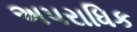
અપરાધિક